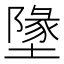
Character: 墬